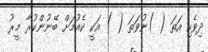
ދިވެހި އަތަ ( )ނުވަތަ ( ) އަކީ ކެއުމަށް ބޭނުންކުރާ މީރު